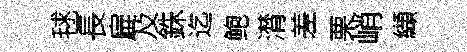
毬長扁及銖迄鲍潸差栗峭纈